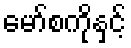
မော်စကိုနှင့်